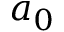
a _ { 0 }